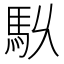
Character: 𮩶